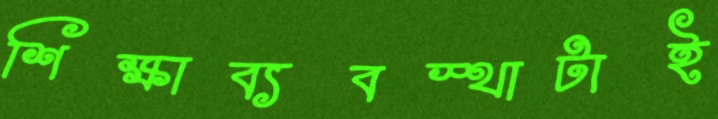
শিক্ষাব্যবস্থাটাই